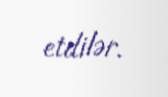
etdilər.